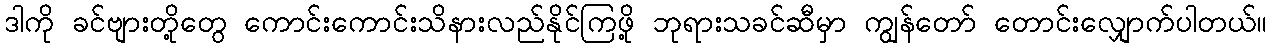
ဒါကို ခင်ဗျားတို့တွေ ကောင်းကောင်းသိနားလည်နိုင်ကြဖို့ ဘုရားသခင်ဆီမှာ ကျွန်တော် တောင်းလျှောက်ပါတယ်။